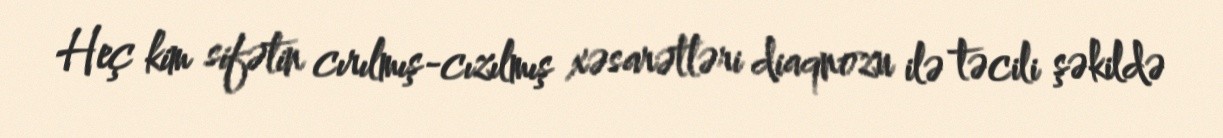
Heç kim sifətin cırılmış-cızılmış xəsarətləri diaqnozu ilə təcili şəkildə